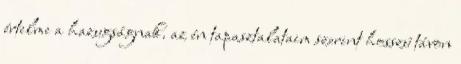
értelme a hazugságnak. az én tapasztalataim szerint hosszú távon